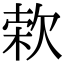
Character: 𣣙